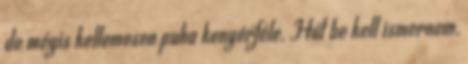
de mégis kellemesen puha kenyérféle. Hát be kell ismernem,